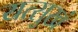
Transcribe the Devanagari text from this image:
यत्सुखं